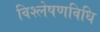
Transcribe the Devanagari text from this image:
विश्लेषणविधि